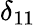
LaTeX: \delta_{11}